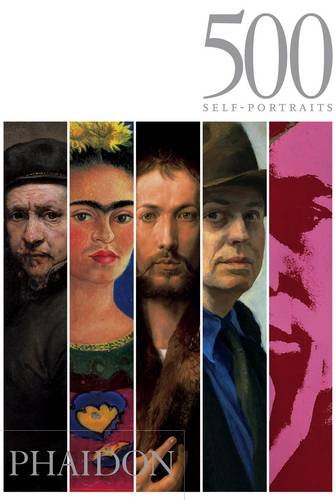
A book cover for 500 Self-Portraits; Julian Bell; Arts & Photography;